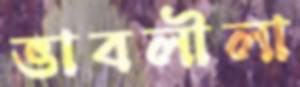
ভাবলীলা